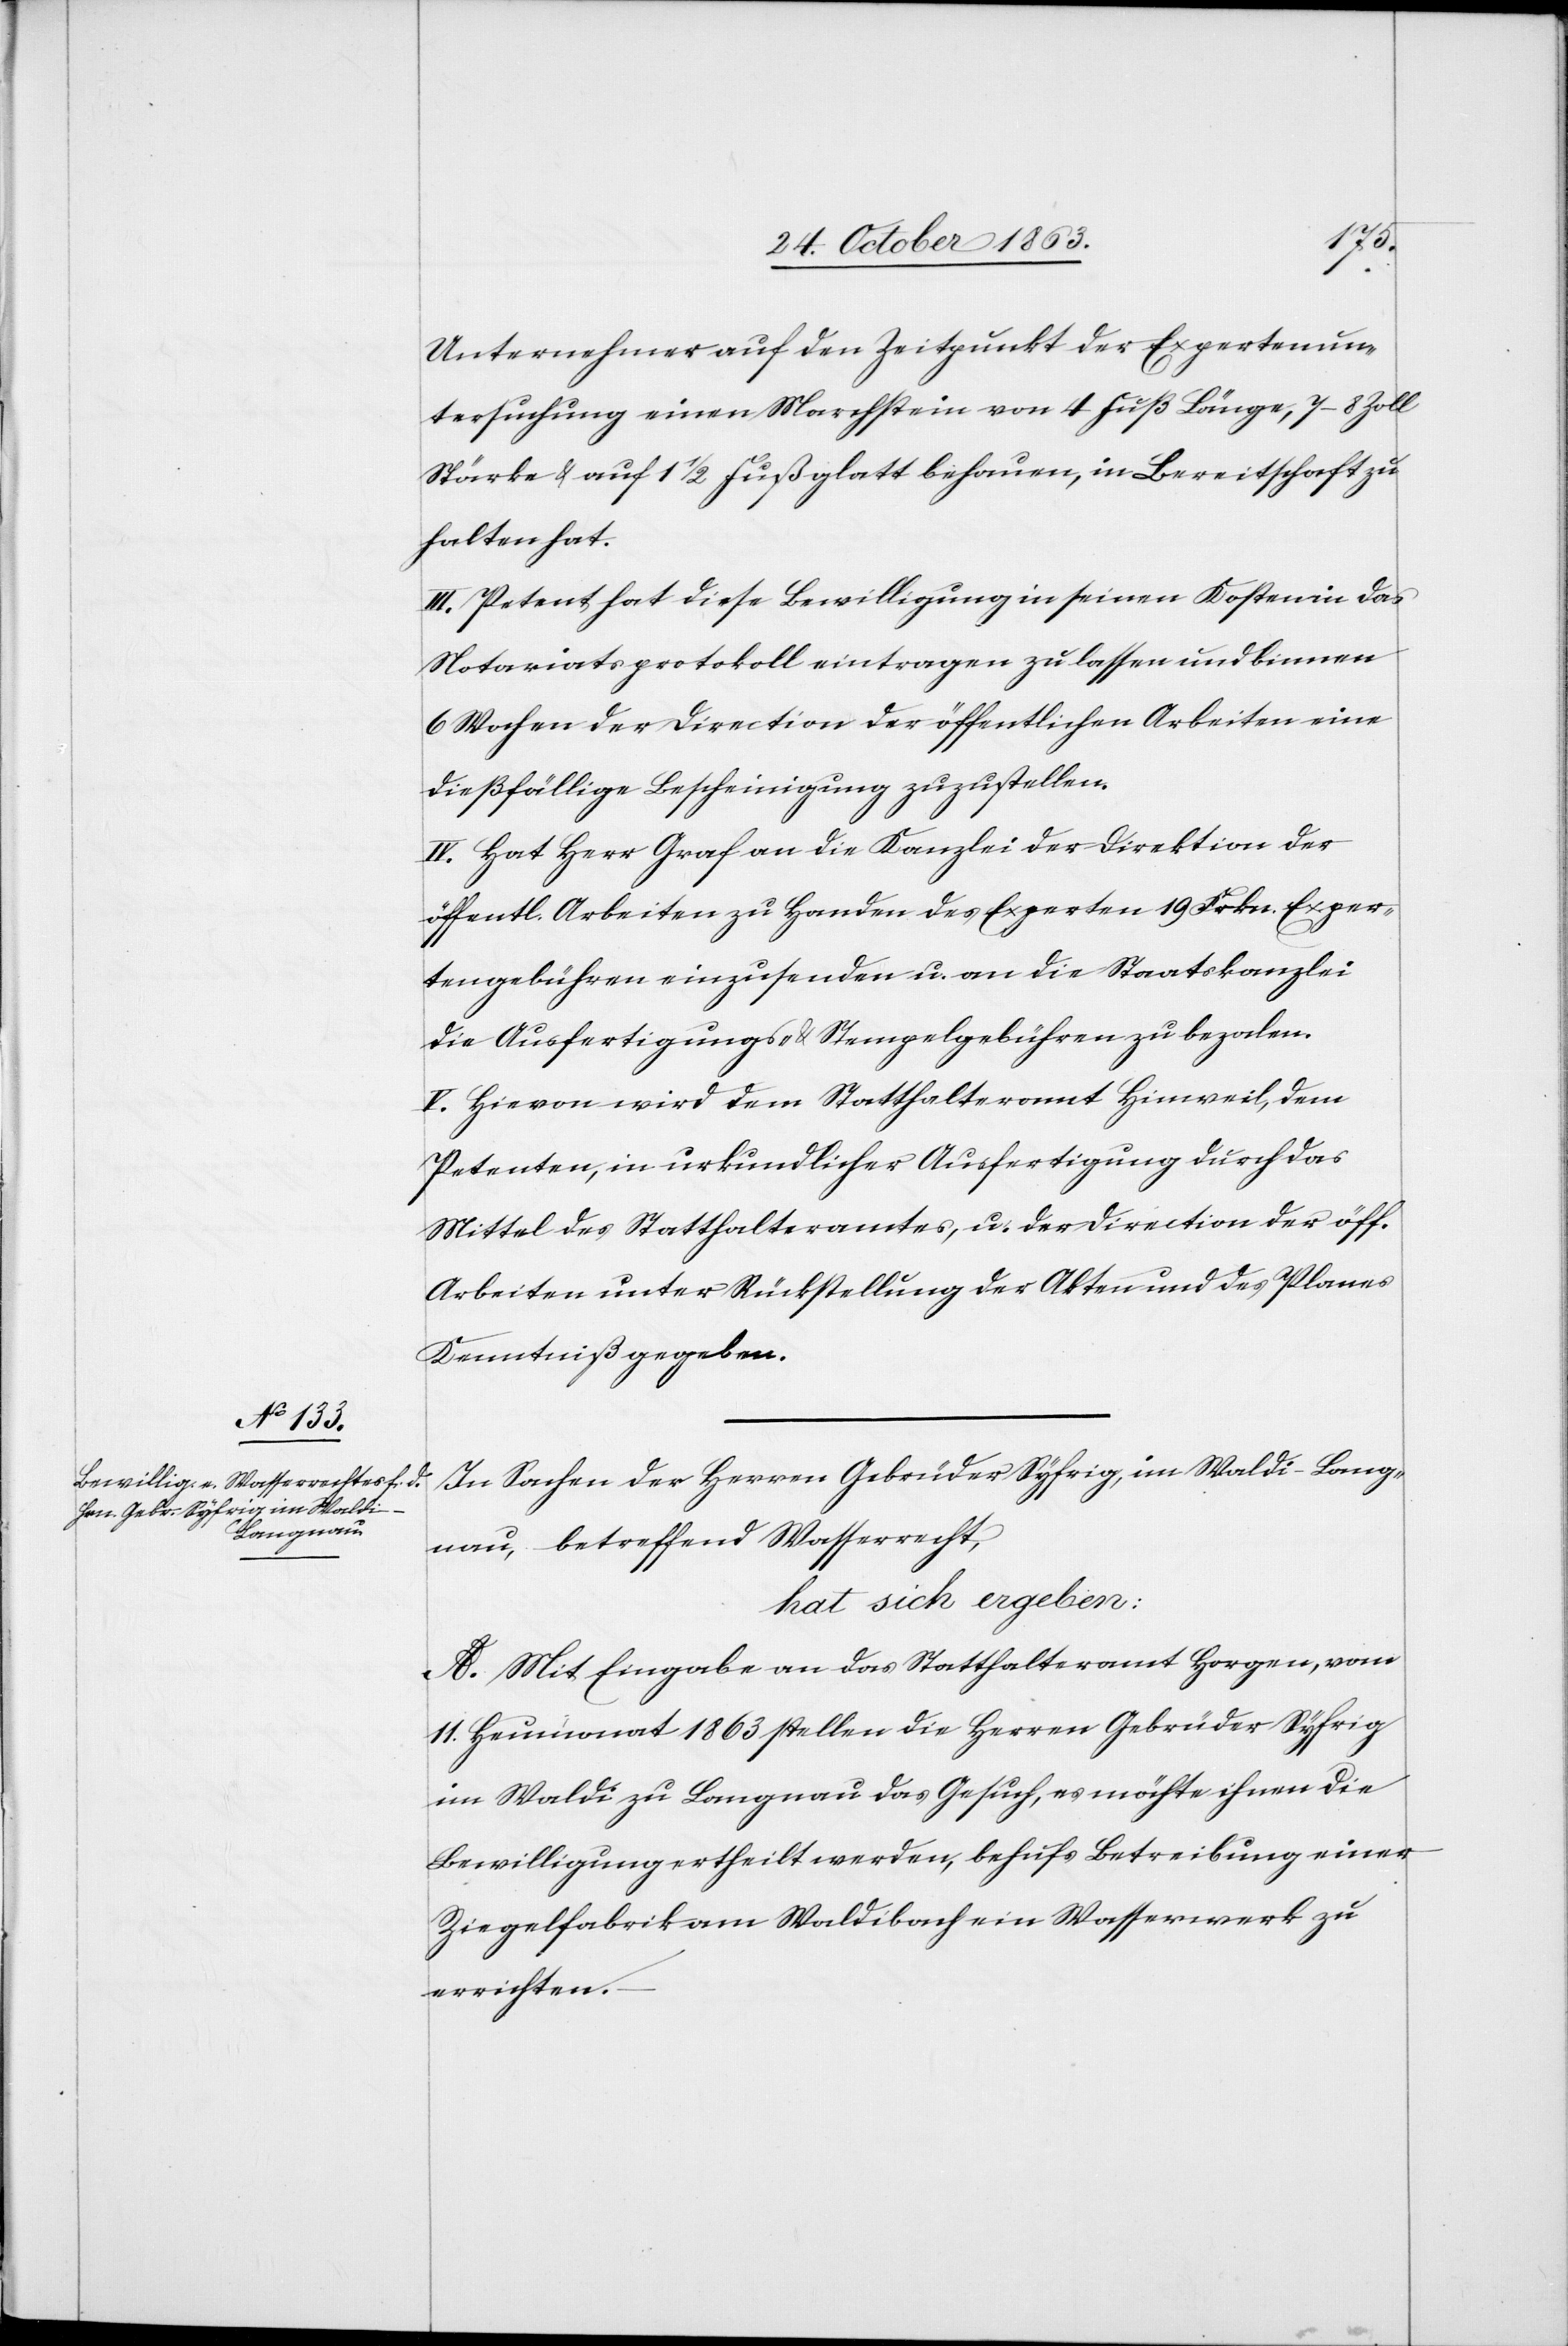
Unternehmer auf den Zeitpunkt der Expertenun¬
tersuchung einen Marchstein von 4 Fuß Länge, 7–8 Zoll
Stärke & auf 1 1/2 Fuß glatt behauen, in Bereitschaft zu
halten hat.
III. Petent hat diese Bewilligung in seinen Kosten in das
Notariatsprotokoll eintragen zu lassen und binnen
6 Wochen der Direction der öffentlichen Arbeiten eine
dießfällige Bescheinigung zuzustellen.
IV. Hat Herr Graf an die Kanzlei der Direktion der
öffentl. Arbeiten zu Handen des Experten 19 Frkn. Exper¬
tengebühren einzusenden u. an die Staatskanzlei
die Ausfertigungs- & Stempelgebühren zu bezalen.
V. Hievon wird dem Statthalteramt Hinweil, dem
Petenten in urkundlicher Ausfertigung durch das
Mittel des Statthalteramtes, u. der Direction der öff.
Arbeiten unter Rückstellung der Akten und des Planes
Kenntniß gegeben.
In Sachen der Herren Gebrüder Syfrig, im Waldi-Lang¬
nau, betreffend Wasserrecht,
hat sich ergeben:
A. Mit Eingabe an das Statthalteramt Horgen, vom
11. Heumonat 1863 stellen die Herren Gebrüder Syfrig
im Waldi zu Langnau das Gesuch, es möchte ihnen die
Bewilligung ertheilt werden, behufs Betreibung einer
Ziegelfabrik am Waldibach ein Wasserwerk zu
errichten.